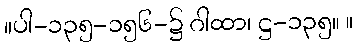
။ပါ-၁၃၅-၁၅၆-၌ ဂါထာ၊ ဋ္ဌ-၁၃၅။ ။